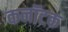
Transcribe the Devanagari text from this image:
कनॉटक